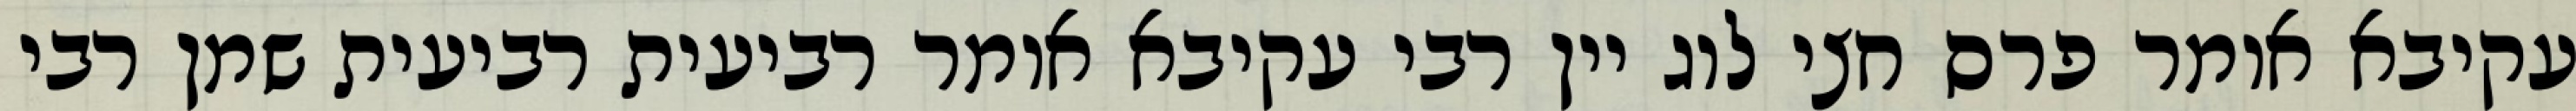
עקיבא אומר פרס חצי לוג יין רבי עקיבא אומר רביעית רביעית שמן רבי